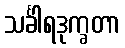
သင်္ခါရဒုက္ခတာ